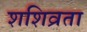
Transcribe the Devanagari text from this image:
शशिव्रता